Report of the Hyderabad Chloroform Commission
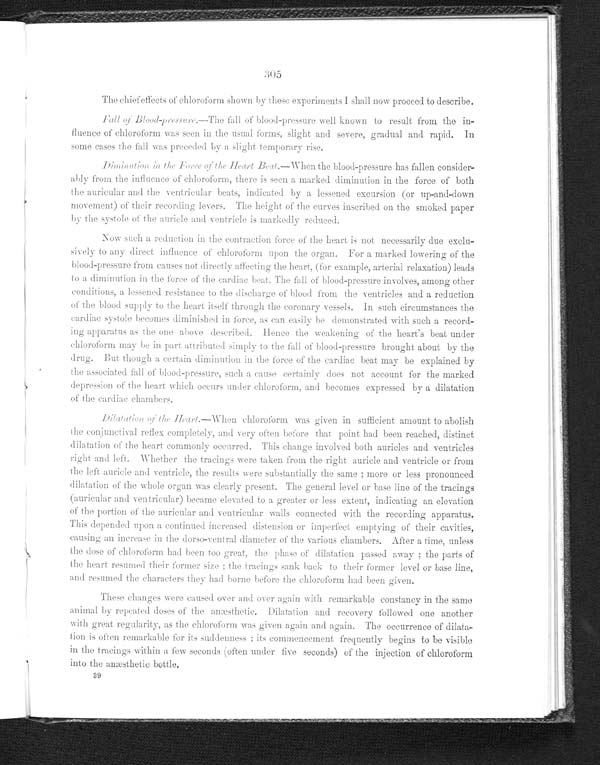
305
The chief effects of chloroform shown by these experiments I shall now proceed to describe.
Fall of Blood-pressure.— The fall of blood-pressure well known to result from the in-
fluence of chloroform was seen in the usual forms, slight and severe, gradual and rapid. In
some cases the fall was preceded by a slight temporary rise.
Diminution in the Force of the Heart Beat.—When the blood-pressure has fallen consider--
ably from the influence of chloroform, there is seen a marked diminution in the force of both
the auricular and the ventricular beats, indicated by a lessened excursion (or up-and-down
movement) of their recording levers. The height of the curves inscribed on the smoked paper
by the systole of the auricle and ventricle is markedly reduced.
Now such a reduction in the contraction force of the heart is not necessarily due exclu-
sively to any direct influence of chloroform upon the organ. For a marked lowering of the
blood-pressure from causes not directly affecting the heart, (for example, arterial relaxation) leads
to a diminution in the force of the cardiac beat. The fall of blood-pressure involves, among other
conditions, a lessened resistance to the discharge of blood from the ventricles and a reduction
of the blood supply to the heart itself through the coronary vessels. In such circumstances the
cardiac systole becomes diminished in force, as can easily be demonstrated with such a record--
ing apparatus as the one above described. Hence the weakening of the heart's beat under
chloroform may be in part attributed simply to the fall of blood-pressure brought about by the
drug. But though a certain diminution in the force of the cardiac beat may be explained by
the associated fall of blood-pressure, such a cause certainly does not account for the marked
depression of the heart which occurs under chloroform, and becomes expressed by a dilatation
of the cardiac chambers.
Dilatation of the Heart.— When chloroform was given in sufficient amount to a
b o l i s h t h e c o n j u n c t i v a l r e f l e x c o m p l e t e l y , a n d v e r y o f t e n b e f o r e t h a t p o i n t h a d b e e n r e a c h e d , d i s t i n c t
dilatation of the heart commonly occurred. This change involved both auricles and ventricles
right and left. Whether the tracings were taken from the right auricle and ventricle or from
the left auricle and ventricle, the results were substantially the same; more or less pronounced
dilatation of the whole organ was clearly present. The general level or base line of the tracings
(auricular and ventricular) became elevated to a greater or less extent, indicating an elevation
of the portion of the auricular and ventricular walls connected with the recording apparatus.
This depended upon a continued increased distension or imperfect emptying of their cavities,
causing an increase in the dorso-ventral diameter of the various chambers. After a time, unless
the dose of chloroform had been too great, the phase of dilatation passed away; the parts of
the heart resumed their former size; the tracings sank back to their former level or base line,
and resumed the characters they had borne before the chloroform had been given.
These changes were caused. over and over again with remarkable constancy in the same
animal by repeated doses of the anæsthetic. Dilatation and recovery followed one another
with great regularity, as the chloroform was given again and again. The occurrence of dilata--
tion is often remarkable for its suddenness; its commencement frequently begins to be visible
the tracings within a few seconds (often under five seconds) of the injection of chloroform
into the anæsthetic bottle.
39